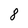
Character: 8